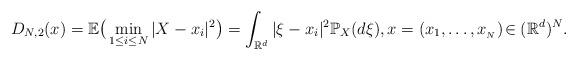
LaTeX: \begin{align*} D_{N,2} (x) = \mathbb E \big(\min_{1\le i\le N}|X-x_i|^2\big)= \int_{\mathbb R^d}|\xi-x_i|^2\mathbb P_{X}(d\xi), x=(x_1,\ldots,x_{_N})\!\in (\mathbb R^d)^N. \end{align*}